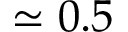
\simeq 0 . 5